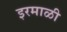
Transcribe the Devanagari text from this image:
इरमाळी